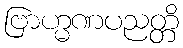
ဗြာဟ္မဏပညတ္တိ